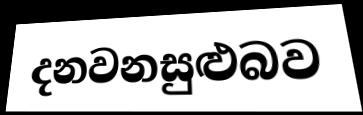
දනවනසුළුබව